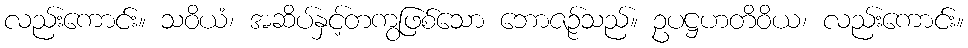
လည်းကောင်း။ သဝိယံ၊ အဆိပ်နှင့်တကွဖြစ်သော ဘောဇဉ်သည်။ ဥပဋ္ဌဟတိဝိယ၊ လည်းကောင်း။